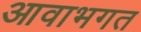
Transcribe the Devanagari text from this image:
आवाभगत